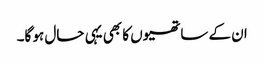
ان کے ساتھیوں کا بھی یہی حال ہو گا۔